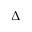
\Delta